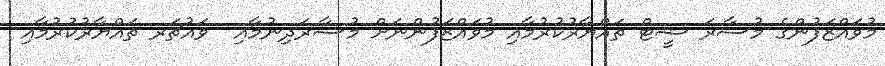
މުވައްޒަފުންގެ މުސާރަ ޝީޓް ތައްޔާރުކުރުމާއި މުވައްޒަފުންނަށް މުސާރަދިނުމާއި  ވައުޗަރ ތައްޔާރުކުރުމާއި